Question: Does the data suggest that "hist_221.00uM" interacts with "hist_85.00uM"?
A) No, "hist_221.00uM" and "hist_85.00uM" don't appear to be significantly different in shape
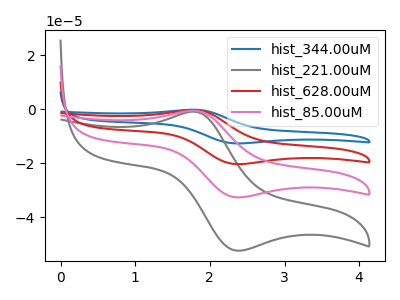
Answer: <think>The blue curve "hist_344.00uM" has an anodic peak at (1.80V, -1.75uA) and a cathodic peak at (2.35V, -97.95uA). The gray curve "hist_221.00uM" has an anodic peak at (1.80V, -0.95uA) and a cathodic peak at (2.35V, -52.35uA). The red curve "hist_628.00uM" has an anodic peak at (1.80V, -1.20uA) and a cathodic peak at (2.35V, -65.30uA). The pink curve "hist_85.00uM" has an anodic peak at (1.80V, -0.60uA) and a cathodic peak at (2.35V, -32.65uA).
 All the peaks in "hist_221.00uM" have a peak in "hist_85.00uM" at the same potential.</think>
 <answer>A) No, "hist_221.00uM" and "hist_85.00uM" don't appear to be significantly different in shape</answer>
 <eval>A</eval>